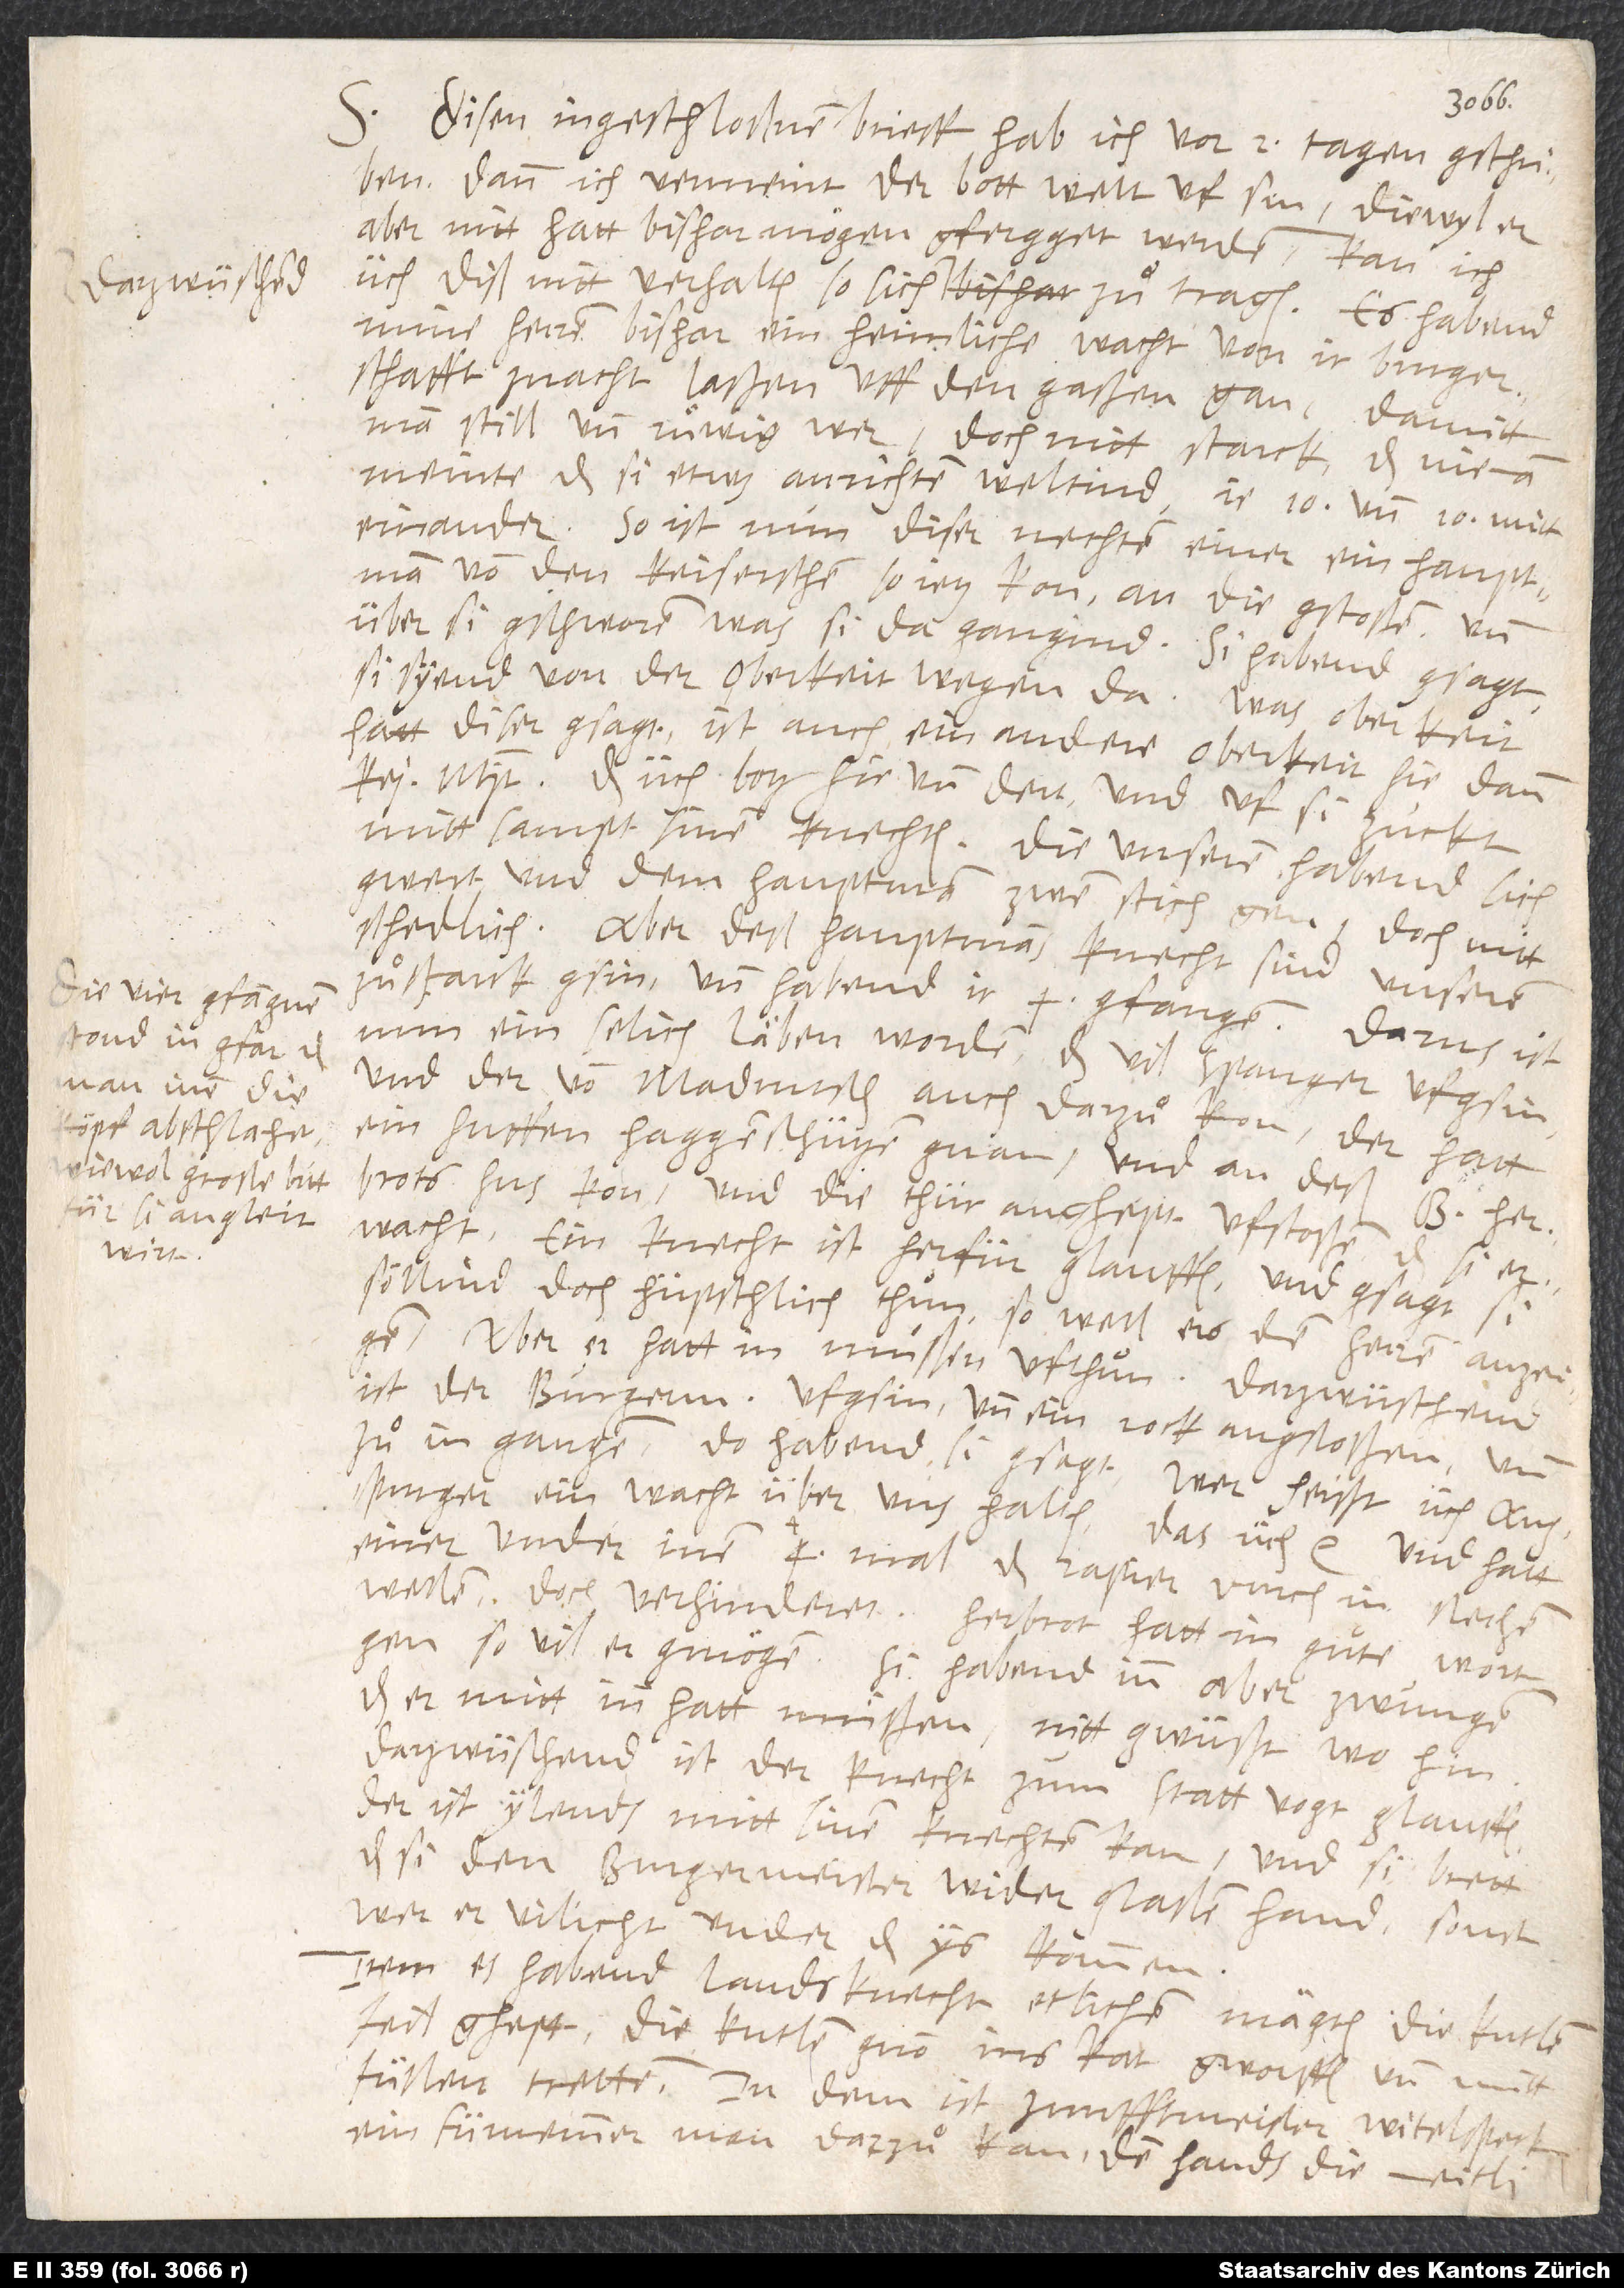
stond in gfar, daß
man inen die
köpf abschlahet,
wiewol große bitt
für si angleit
wirt.

S. Disen ingeschloßnen brieff hab ich vor 2 tagen gschriben;
dann ich vermeint, der bott welt uf sin. Diewyl er
aber nitt hatt bishar mögen gfergget werden, kan ich
üch diß nitt verhalten, so sich darzwüschend zuͦtragen. Es habend
mine herren bishar ein heimliche wacht von ir burgerschafft
znacht laßen uff den gaßen gan, damitt
man still und ruͦwig wer, doch nitt starck, das nieman
meinte, das si etwas anrichten weltind: je 10 und 10
mitteinander. So ist nun diser nechten einer, ein hauptman
von den keiserschen, so jetz kon, an die gstoßen und
über si gschworen, was si da gangind. Si habend gsagt,
si syend von der oberkeit wegen da. „Was oberkeit?“
hatt diser gsagt; „ist auch ein andere oberkeit hie dann
keit? Das üch botz hie und dert!“, und uf si zuckt
mittsampt sinen knechten. Die unseren habend sich
gwert und dem hauptman zwen stich gen, doch nitt
schedlich. Aber deß hauptmans knecht sind unseren
zuͦ starck gsin und habend ir 4 gfangen. Die
nun ein selich läben worden, das vil Spanger ufgsin
und der von Madrutsch auch darzuͦ kon. Der hatt
ein huffen haggenschützen gnan und an deß
hus kon und die thür anghept ufstoßen, das si
erwacht. Ein knecht ist herfür glauffen und gsagt, si
söllind doch hüpschlich thuͦn, so well ers den herren anzeigen;
aber er hatt in mußen ufthuͦn. Darzwüschend
ist der burgermeister ufgsin und ein rock angstoßen und
zuͦ in gangen. Do habend si gsagt: „Wer heißt üch
Augspurger ein wacht über uns halten? Das üch“, etc. Und hatt
einer under inen 4 mal das rapier durch in stechen
wellen, doch verhinderet. Herbrot hatt in guͦte wort
gen, so vil er gmögen. Si habend inn aber zwungen,
daß er mitt inn hatt muͤßen, nitt gwüßt wohin.
Darzwüschend ist der knecht zum stattvogt glauffen.
Der ist ylends mitt sinen knechten kan und si brett,
das si den burgermeister wider glaßen hand, sonst
wer er vilicht under das ys kommen.
Item es habend landsknecht etlichen mägten, die kutlen
feil ghept, die kutlen gnon, ins kat gworffen und mitt
fuͤßen tretten. In dem ist zunfftmeister Witelspeck,
ein fürnemmer man, darzuͦ kan. Dem hands die meitli